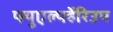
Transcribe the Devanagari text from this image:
फ्युएर्ल्फ्हेरिउप